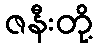
ဇနီးတို့